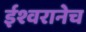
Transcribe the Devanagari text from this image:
ईश्वरानेच